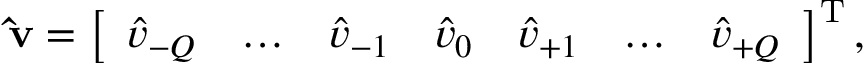
\mathbf { \hat { v } } = \left[ \begin{array} { c c c c c c c } { \hat { v } _ { - Q } } & { \hdots } & { \hat { v } _ { - 1 } } & { \hat { v } _ { 0 } } & { \hat { v } _ { + 1 } } & { \hdots } & { \hat { v } _ { + Q } } \end{array} \right] ^ { \mathrm { T } } ,